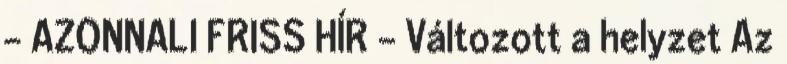
- AZONNALI FRISS HÍR - Változott a helyzet Az